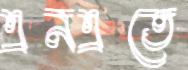
এনএতে